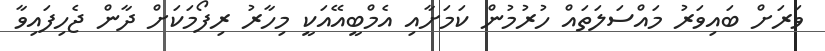
ވަރަށް ބައިވަރު މައްސަލަތައް ހުރުމުން ކަމަށާއި އެމްބީއޭއަކީ މިހާރު ރިފޯމަކަށް ދާން ޖެހިފައިވާ